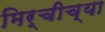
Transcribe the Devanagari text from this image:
मिर्चीच्या